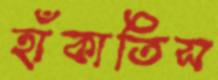
হাঁকাতিস